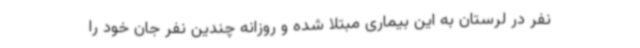
نفر در لرستان به این بیماری مبتلا شده و روزانه چندین نفر جان خود را